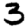
Digit: 3